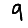
Digit: 9